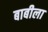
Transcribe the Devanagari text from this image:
बाबीला